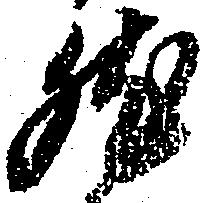
然